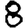
Digit: 8